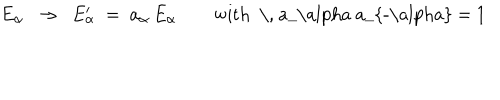
E _ { \alpha } ~ ~ \rightarrow ~ ~ E _ { \alpha } ^ { \prime } ~ = ~ a _ { \alpha } \, E _ { \alpha } \qquad \mathrm { w i t h ~ \, ~ a _ { \ a l p h a } ~ a _ { - \ a l p h a } ~ = ~ 1 ~ }